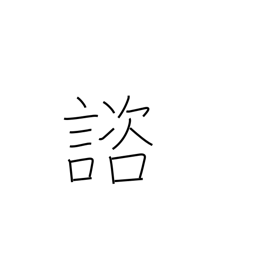
Meaning: consult with